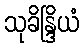
သုခိန္ဒြိယံ